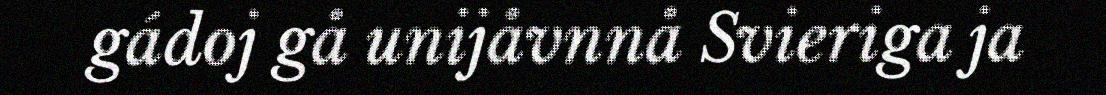
gádoj gå unijåvnnå Svieriga ja